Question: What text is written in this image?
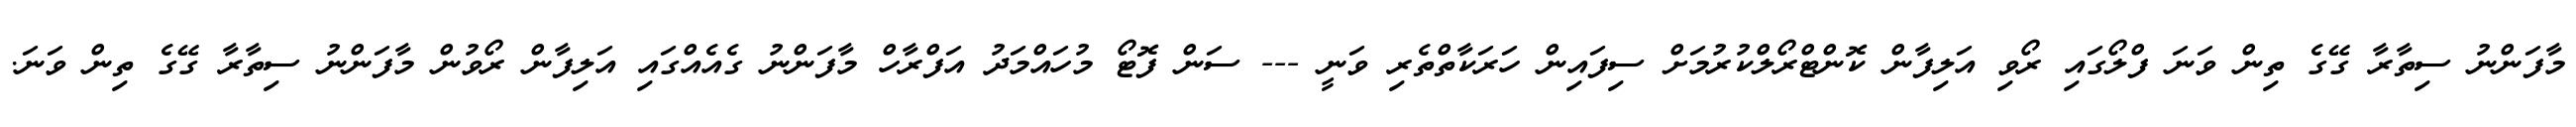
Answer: މާފަންނު ސިތާރާ ގޭގެ ތިން ވަނަ ފްލޯގައި ރޯވި އަލިފާން ކޮންޓްރޯލްކުރުމަށް ސިފައިން ހަރަކާތްތެރި ވަނީ --- ސަން ފޮޓޯ މުހައްމަދު އަފްރާހް މާފަންނު ގެއެއްގައި އަލިފާން ރޯވުން މާފަންނު ސިތާރާ ގޭގެ ތިން ވަނަ.